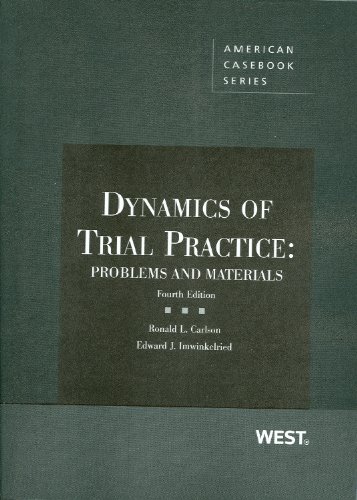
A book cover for Dynamics of Trial Practice: Problems and Materials, 4th (American Casebook Series); Ronald Carlson; Law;